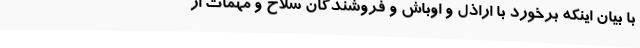
با بیان اینکه برخورد با اراذل و اوباش و فروشندگان سلاح و مهمات از